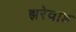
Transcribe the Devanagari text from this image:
झरेवाड